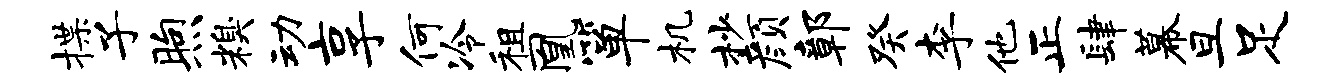
揲子煦糗动享何冷租凰箪机杪颜鄣癸李他正肆幕旦足